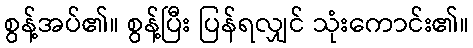
စွန့်အပ်၏။ စွန့်ပြီး ပြန်ရလျှင် သုံးကောင်း၏။